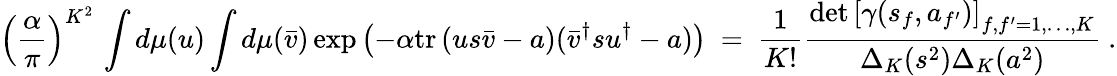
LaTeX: \left(\frac{\alpha}{\pi}\right)^{K^{2}}\, \int d\mu(u)\int d\mu(\bar{v})\exp\left(-\alpha{\mathrm{tr}\, }(us\bar{v}-a)(\bar{v}^{\dagger}su^{\dagger}-a)\right)\ =\ \frac{1}{K!}\frac{\operatorname*{det}\left[\gamma(s_{f},a_{f^{\prime}})\right]_{f,f^{\prime}=1,\ldots,K}}{\Delta_{K}(s^{2})\Delta_{K}(a^{2})}\ .